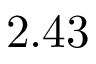
2 . 4 3